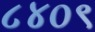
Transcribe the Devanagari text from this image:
८४०९